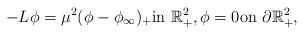
LaTeX: \begin{align*}-L\phi =\mu^{2} (\phi -\phi_\infty)_{+}\textrm{in}\ \mathbb{R}^{2}_{+},\phi =0\textrm{on}\ \partial \mathbb{R}^{2}_{+}, \end{align*}